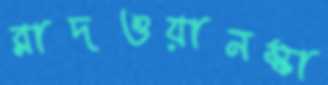
রাদওয়ানস্কা